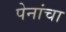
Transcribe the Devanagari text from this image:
पेनांचा